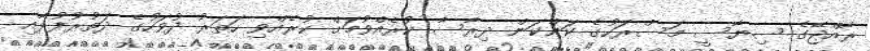
ރާއްޖޭގެ ސިޔާސީ މަސްރަހުގެ ކަންކަން ދިރާސާ ކުރެއްވުމަށް ކުރެއްވި ހަތަރު ދުވަހުގެ ދަތުރުފުޅާއި